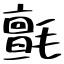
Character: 氈